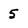
Character: 5